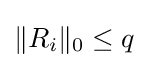
\|R_{i}\|_{0}\leq q